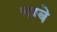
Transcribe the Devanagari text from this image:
चम्बे